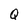
Character: Q